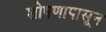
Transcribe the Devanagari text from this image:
शोषणापासून